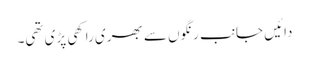
دائیں جانب رنگوں سے بھری راکھی پڑی تھی۔